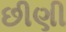
છીણી